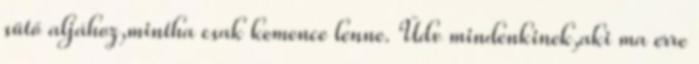
sütő aljához,mintha csak kemence lenne. Üdv mindenkinek,aki ma erre